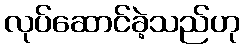
လုပ်ဆောင်ခဲ့သည်ဟု